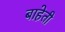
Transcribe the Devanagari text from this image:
बाहेती